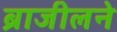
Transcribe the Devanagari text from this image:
ब्राजीलने